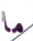
ما